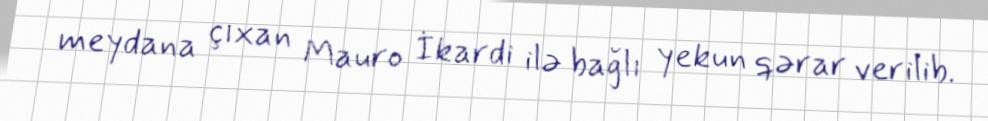
meydana çıxan Mauro İkardi ilə bağlı yekun qərar verilib.